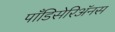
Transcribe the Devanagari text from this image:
पाँडिसेरिॲनस